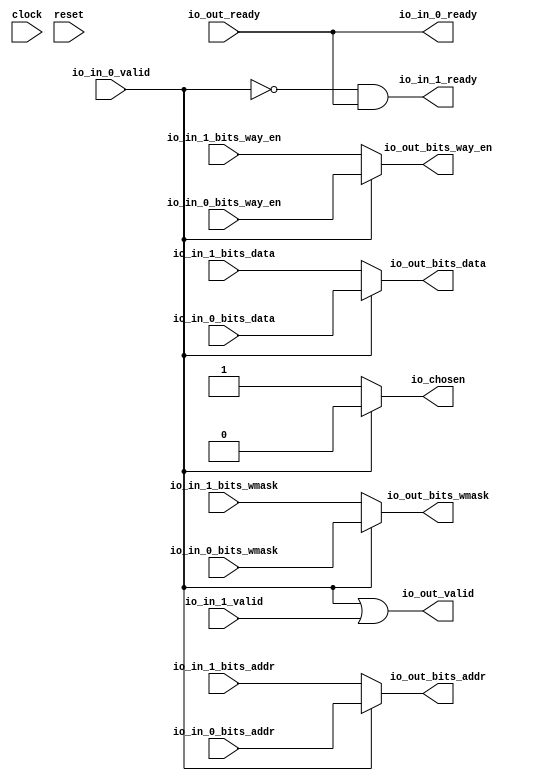
module Arbiter_10(
  input   clock,
  input   reset,
  output  io_in_0_ready,
  input   io_in_0_valid,
  input  [3:0] io_in_0_bits_way_en,
  input  [11:0] io_in_0_bits_addr,
  input  [1:0] io_in_0_bits_wmask,
  input  [127:0] io_in_0_bits_data,
  output  io_in_1_ready,
  input   io_in_1_valid,
  input  [3:0] io_in_1_bits_way_en,
  input  [11:0] io_in_1_bits_addr,
  input  [1:0] io_in_1_bits_wmask,
  input  [127:0] io_in_1_bits_data,
  input   io_out_ready,
  output  io_out_valid,
  output [3:0] io_out_bits_way_en,
  output [11:0] io_out_bits_addr,
  output [1:0] io_out_bits_wmask,
  output [127:0] io_out_bits_data,
  output  io_chosen
);
  wire  _GEN_0;
  wire [3:0] _GEN_1;
  wire [11:0] _GEN_2;
  wire [1:0] _GEN_3;
  wire [127:0] _GEN_4;
  wire  _T_126;
  wire  _T_128;
  wire  _T_130;
  wire  _T_131;
  assign io_in_0_ready = io_out_ready;
  assign io_in_1_ready = _T_128;
  assign io_out_valid = _T_131;
  assign io_out_bits_way_en = _GEN_1;
  assign io_out_bits_addr = _GEN_2;
  assign io_out_bits_wmask = _GEN_3;
  assign io_out_bits_data = _GEN_4;
  assign io_chosen = _GEN_0;
  assign _GEN_0 = io_in_0_valid ? 1'h0 : 1'h1;
  assign _GEN_1 = io_in_0_valid ? io_in_0_bits_way_en : io_in_1_bits_way_en;
  assign _GEN_2 = io_in_0_valid ? io_in_0_bits_addr : io_in_1_bits_addr;
  assign _GEN_3 = io_in_0_valid ? io_in_0_bits_wmask : io_in_1_bits_wmask;
  assign _GEN_4 = io_in_0_valid ? io_in_0_bits_data : io_in_1_bits_data;
  assign _T_126 = io_in_0_valid == 1'h0;
  assign _T_128 = _T_126 & io_out_ready;
  assign _T_130 = _T_126 == 1'h0;
  assign _T_131 = _T_130 | io_in_1_valid;
endmodule